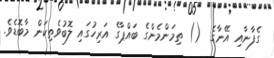
ގެފާނާއި އޭނާގެ  () ތިމަންމެންގެ ބައްޕާގެ އަރިހުގައި ލޮބުވެތިކަން މާބޮޑެވެ.